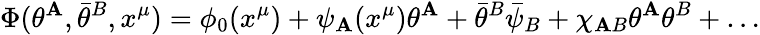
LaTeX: \Phi(\theta^{\mathbf{A}},\bar{{\theta}}^{B},x^{\mu})=\phi_{0}(x^{\mu})+\psi_{\mathbf{A}}(x^{\mu})\theta^{\mathbf{A}}+\bar{{\theta}}^{B}\bar{{\psi}}_{B}+\chi_{\mathbf{A}B}\theta^{\mathbf{A}}\theta^{B}+\ldots